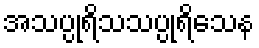
အသပ္ပုရိသသပ္ပုရိသေန